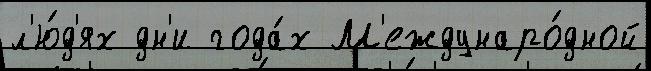
л'ю́д'ях дн'и года́х М'еждунаро́дной